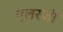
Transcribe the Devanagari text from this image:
एलरजी